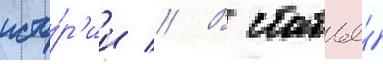
исто́р'ии // В статье́